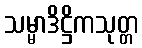
သမ္မာဒိဋ္ဌိကသုတ္တ